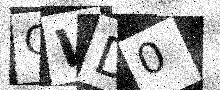
Text: OWD0